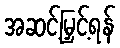
အဆင့်မြှင့်ရန်